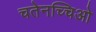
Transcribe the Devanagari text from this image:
चतेनच्चिओ